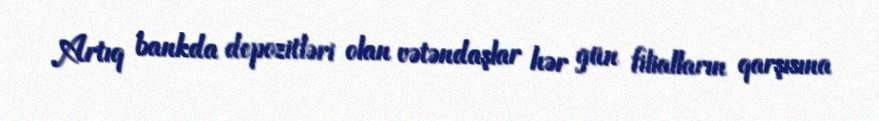
Artıq bankda depozitləri olan vətəndaşlar hər gün filialların qarşısına